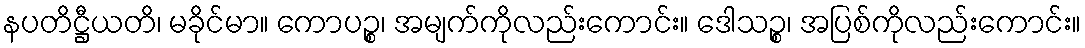
နပတိဋ္ဌီယတိ၊ မခိုင်မာ။ ကောပဉ္စ၊ အမျက်ကိုလည်းကောင်း။ ဒေါသဉ္စ၊ အပြစ်ကိုလည်းကောင်း။